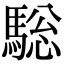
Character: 𩣭